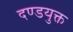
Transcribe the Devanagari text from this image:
दण्डयुक्त